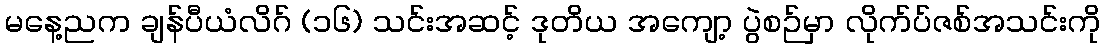
မနေ့ညက ချန်ပီယံလိဂ် (၁၆) သင်းအဆင့် ဒုတိယ အကျော့ ပွဲစဉ်မှာ လိုက်ပ်ဇစ်အသင်းကို